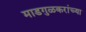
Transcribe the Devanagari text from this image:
माडगुळकरांच्या